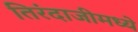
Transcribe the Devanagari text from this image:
तिरंदाजीमध्ये